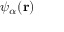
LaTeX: \psi _ { \alpha } ( \mathbf { r } )